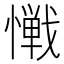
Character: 𱟎